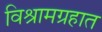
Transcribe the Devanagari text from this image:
विश्रामग्रहात